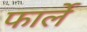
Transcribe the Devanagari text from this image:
फार्ले